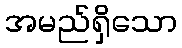
အမည်ရှိသော